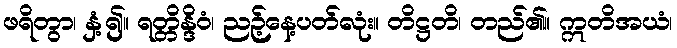
ဖရိတွာ၊ နှံ့၍။ ရတ္တိန္ဒိဝံ၊ ညဉ့်နေ့ပတ်လုံး။ တိဋ္ဌတိ၊ တည်၏။ ဣတိအယံ၊